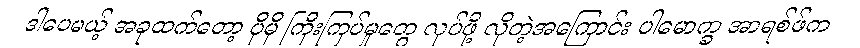
ဒါပေမယ့် အခုထက်တော့ ပိုမို ကြီးကြပ်မှုတွေ လုပ်ဖို့ လိုတဲ့အကြောင်း ပါမောက္ခ အာရစ်ဖ်က